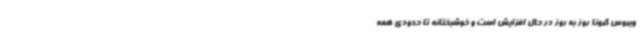
ویروس کرونا روز به روز در حال افزایش است و خوشبختانه تا حدودی همه